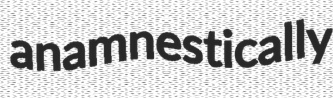
anamnestically